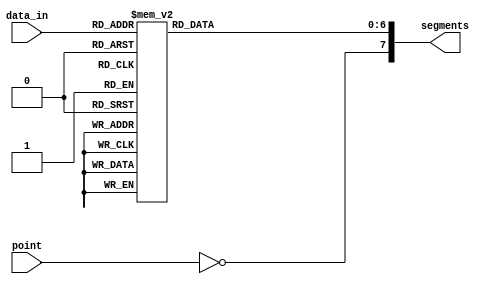
/**************************************
 *  Conversor a 7 Segmentos           *
 *  Determina segementos a encender   *
 *  para cada palabra HEX             *
 *                                    *
 *  02.05.2010      v1.0              *
 **************************************/

module to7seg(
  input wire [0:0] point,
  input wire [3:0] data_in,
  output reg [7:0] segments
  );

always @(*) begin
  // control del punto
  segments[7] = ~point ;
  // encendido de los 7 segments correspondientes
  case(data_in)
    4'h0: segments[6:0] = 7'b1000000;
    4'h1: segments[6:0] = 7'b1111001;
    4'h2: segments[6:0] = 7'b0100100;
    4'h3: segments[6:0] = 7'b0110000;
    4'h4: segments[6:0] = 7'b0011001;
    4'h5: segments[6:0] = 7'b0010010;
    4'h6: segments[6:0] = 7'b0000010;
    4'h7: segments[6:0] = 7'b1111000;
    4'h8: segments[6:0] = 7'b0000000;
    4'h9: segments[6:0] = 7'b0010000;
    4'hA: segments[6:0] = 7'b0001000;
    4'hB: segments[6:0] = 7'b0000011;
    4'hC: segments[6:0] = 7'b1000110;
    4'hD: segments[6:0] = 7'b0100001;
    4'hE: segments[6:0] = 7'b0000110;
    4'hF: segments[6:0] = 7'b0001110;
  endcase
end

endmodule